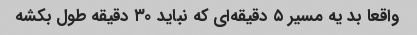
واقعا بد یه مسیر ۵ دقیقه‌ای که نباید ۳۰ دقیقه طول بکشه